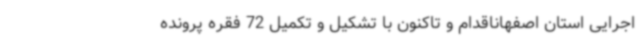
اجرایی استان اصفهاناقدام و تاکنون با تشکیل و تکمیل 72 فقره پرونده